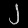
Digit: ၂